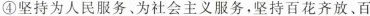
④坚持为人民服务、为社会主义服务，坚持百花齐放﹑百